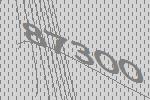
87300